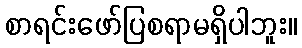
စာရင်းဖော်ပြစရာမရှိပါဘူး။